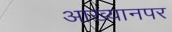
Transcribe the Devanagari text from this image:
आख्यानपर